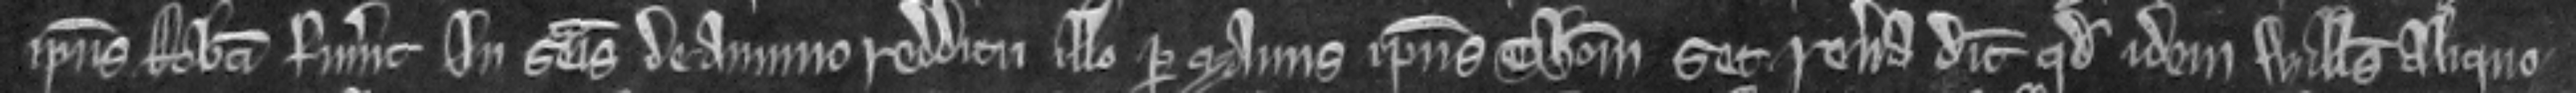
ipsius Roberti fuerunt in seisina de annuo redditu illo per manus ipsius Thome set revera dicit quod idem Willelmus aliquo